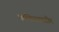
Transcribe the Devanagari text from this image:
कंकिस्टाडोर